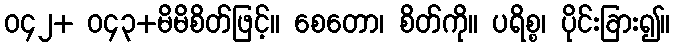
ဝ၄၂+ ဝ၄၃+မိမိစိတ်ဖြင့်။ စေတော၊ စိတ်ကို။ ပရိစ္စ၊ ပိုင်းခြား၍။